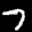
Label: 7